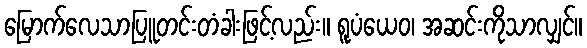
မြောက်လေသာပြူတင်းတံခါးဖြင့်လည်း။ ရူပံယေဝ၊ အဆင်းကိုသာလျှင်။